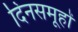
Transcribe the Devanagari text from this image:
दिनसमूहों